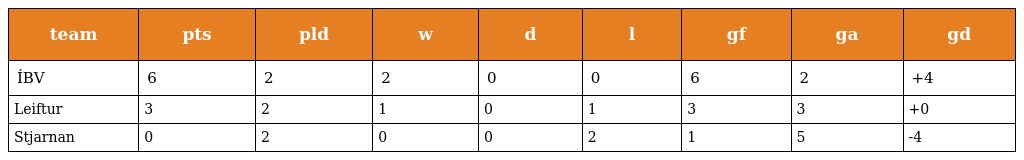
| team | pts | pld | w | d | l | gf | ga | gd |
 | --- | --- | --- | --- | --- | --- | --- | --- | --- |
 | ÍBV | 6 | 2 | 2 | 0 | 0 | 6 | 2 | +4 |
 | Leiftur | 3 | 2 | 1 | 0 | 1 | 3 | 3 | +0 |
 | Stjarnan | 0 | 2 | 0 | 0 | 2 | 1 | 5 | -4 |